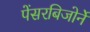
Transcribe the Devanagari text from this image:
पेंसरबिजोर्ने